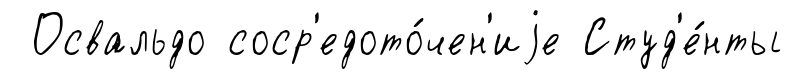
Освальдо соср'едото́чен'иjе Студ'е́нты